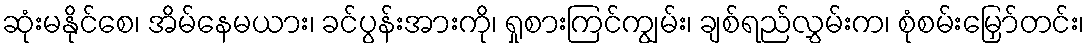
ဆုံးမနိုင်စေ၊ အိမ်နေမယား၊ ခင်ပွန်းအားကို၊ ရှုစားကြင်ကျွမ်း၊ ချစ်ရည်လွှမ်းက၊ စုံစမ်းမြှော်တင်း၊